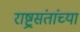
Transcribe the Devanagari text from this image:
राष्ट्रसंतांच्या